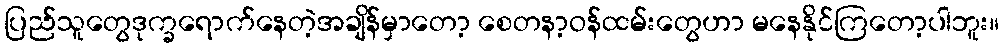
ပြည်သူတွေဒုက္ခရောက်နေတဲ့အချိန်မှာတော့ စေတနာ့ဝန်ထမ်းတွေဟာ မနေနိုင်ကြတော့ပါဘူး။